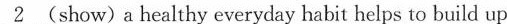
\underline{2} (show)a healthy everyday habit helps to build up